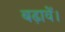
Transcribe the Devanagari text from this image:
बढ़ावें।